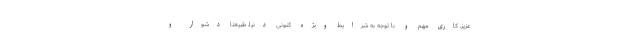
عزیز، کاری مهم و با توجه به شرایط ویژه کنونی دنیا، طبیعتاً دشوار و